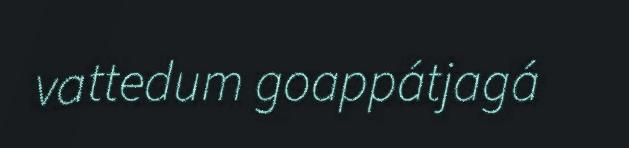
vattedum goappátjagá